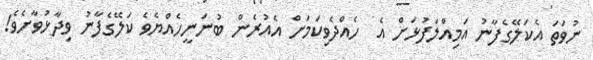
ނުވަތަ އެކަލޭގެފާނު އަމިއްލަފުޅަށް އެ  ހެއްދެވިކަމަށް އެއުރެން ބުނަނީހެއްޔެވެ ކަލޭގެފާނު ވިދާޅުވާށެވެ!